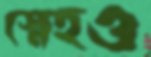
স্নেহও